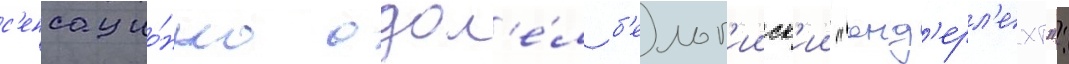
с'енсацио́нно одол'е́л б'ельг'ииск'ии "анд'ерл'ехт":